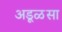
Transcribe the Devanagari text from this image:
अडूळसा